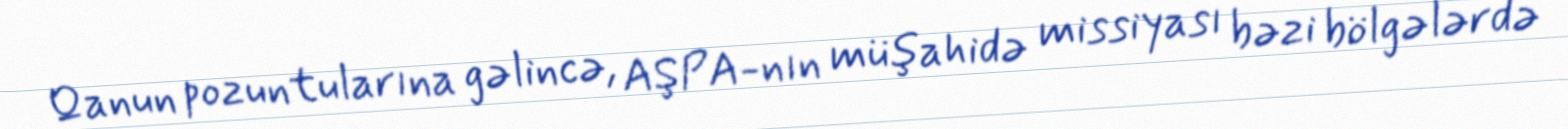
Qanun pozuntularına gəlincə, AŞPA-nın müşahidə missiyası bəzi bölgələrdə